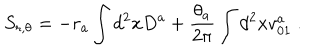
S _ { r , \theta } = - r _ { a } \int d ^ { 2 } x D ^ { a } + { \frac { \theta _ { a } } { 2 \pi } } \int d ^ { 2 } x v _ { 0 1 } ^ { a } \ .